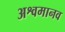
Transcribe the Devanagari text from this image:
अश्वमानव